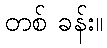
တစ် ခန်း။